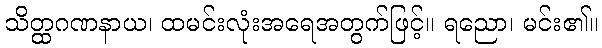
သိတ္ထဂဏနာယ၊ ထမင်းလုံးအရေအတွက်ဖြင့်။ ရညော၊ မင်း၏။